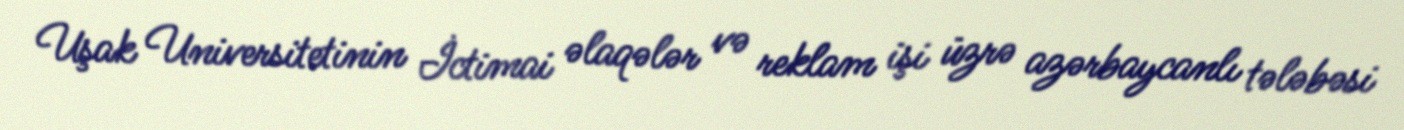
Uşak Universitetinin İctimai əlaqələr və reklam işi üzrə azərbaycanlı tələbəsi